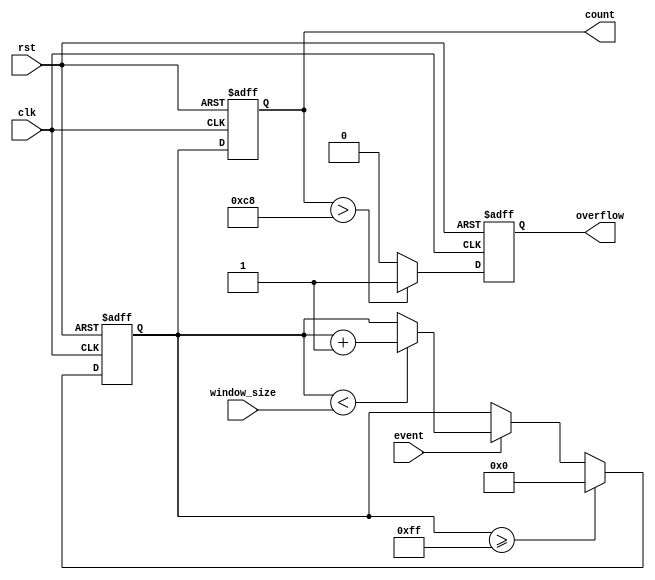
module WindowedCounter #(
    parameter MAX_COUNT = 255,    // Maximum count value (modify as needed)
    parameter THRESHOLD = 200      // Threshold for overflow flag
)(
    input wire clk,                // Clock signal
    input wire rst,                // Asynchronous reset
    input wire event,              // Event signal to increment counter
    input wire [7:0] window_size,  // Configurable window size (for example)
    output reg [7:0] count,        // Current count output
    output reg overflow            // Overflow flag output
);

    // Internal counter register
    reg [7:0] internal_count;

    // Synchronous logic to handle counter
    always @(posedge clk or posedge rst) begin
        if (rst) begin
            // Reset counter on reset signal
            internal_count <= 8'b0;
            count <= 8'b0;
            overflow <= 1'b0;
        end else begin
            // Check if the event occurred within the window
            if (event) begin
                if (internal_count < window_size) begin
                    // Increment the count if within window size
                    internal_count <= internal_count + 1;
                end
            end
            
            // Update the count output
            count <= internal_count;

            // Check for overflow
            if (count > THRESHOLD) begin
                overflow <= 1'b1; // Set overflow flag if threshold exceeded
            end else begin
                overflow <= 1'b0;  // Clear overflow flag otherwise
            end
            
            // Wrap around logic
            if (internal_count >= MAX_COUNT) begin
                internal_count <= 8'b0; // Wrap around if max count reached
            end
        end
    end

endmodule